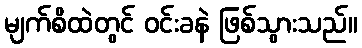
မျက်စိထဲတွင် ဝင်းခနဲ ဖြစ်သွားသည်။